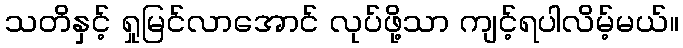
သတိနှင့် ရှုမြင်လာအောင် လုပ်ဖို့သာ ကျင့်ရပါလိမ့်မယ်။